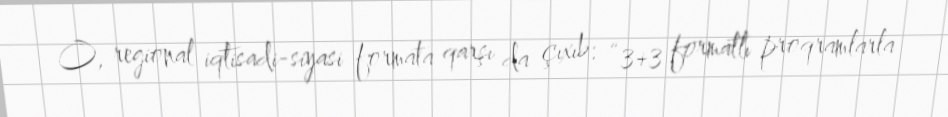
O, regional iqtisadi-siyasi formata qarşı da çıxıb: “3+3 formatlı proqramlarla